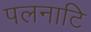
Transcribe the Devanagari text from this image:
पलनाटि